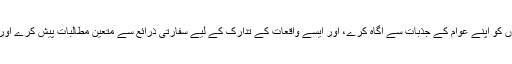
متعلقہ مغربی ممالک کی حکومتوں کو اپنے عوام کے جذبات سے آگاہ کرے، اور ایسے واقعات کے تدارک کے لیے سفارتی ذرائع سے متعین مطالبات پیش کرے اور پھر ان مطالبات کا تعاقب کرے۔